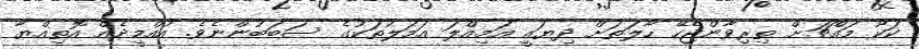
ކަކޫ މައްޗަށް ތިރިވާންޖެހޭ ހާލަތަށް ދިޔައީ އަމިއްލަ އަމަލުތަކުގެ ސަބަބުންނެވެ. އުއްމީދެއް އޮތިއްޔާ